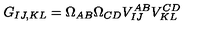
G _ { I J , K L } = \Omega _ { A B } \Omega _ { C D } V _ { I J } ^ { A B } V _ { K L } ^ { C D }